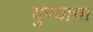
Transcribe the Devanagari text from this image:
युण्याचा